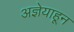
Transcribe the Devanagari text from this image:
अज्ञेयाहून